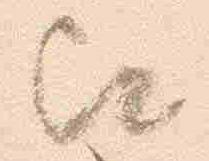
歟